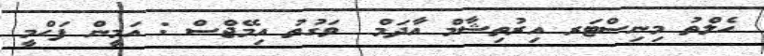
ހެލްތު މިނިސްޓަރ އިރުތިޝާމް އާދަމް  ވަގުތު އިމޭޖްސް : އަމީން ފަހްމީ